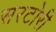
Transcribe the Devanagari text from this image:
सरटोरी